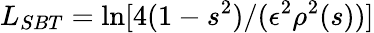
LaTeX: L_{SBT}=\ln[4(1-s^{2})/(\epsilon^{2}\rho^{2}(s))]